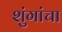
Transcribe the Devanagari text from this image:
शुंगांचा